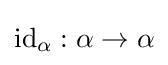
{\text{id}}_{\alpha }:\alpha \to \alpha